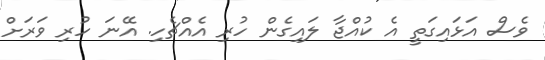
ވެސް އަޅައިގަތީ އެ ކުއްޖާ ލައިގެން ހުރި އެއްޗެހި. އޭނަ ހުރި ވަރަށް